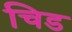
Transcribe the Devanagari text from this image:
चिड